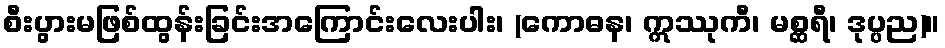
စီးပွားမဖြစ်ထွန်းခြင်းအကြောင်းလေးပါး၊ (ကောဓန၊ ဣဿုကီ၊ မစ္ဆရီ၊ ဒုပ္ပည)။